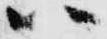
ハ